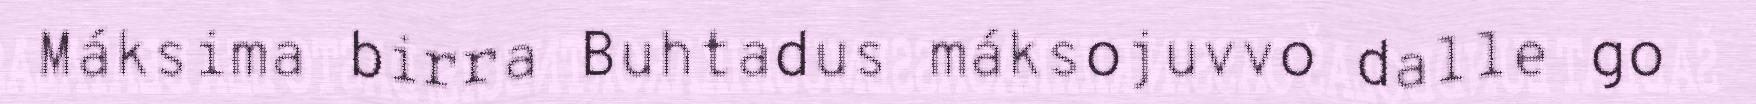
Máksima birra Buhtadus máksojuvvo dalle go